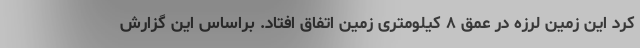
کرد این زمین لرزه در عمق ۸ کیلومتری زمین اتفاق افتاد. براساس این گزارش